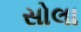
સોલા